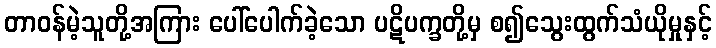
တာဝန်မဲ့သူတို့အကြား ပေါ်ပေါက်ခဲ့သော ပဋိပက္ခတို့မှ စ၍သွေးထွက်သံယိုမှုနှင့်